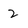
Character: 2